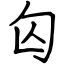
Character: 匃